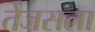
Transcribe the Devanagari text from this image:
तेजसला